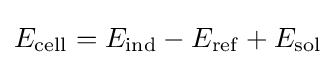
E_{\rm {cell}}=E_{\rm {ind}}-E_{\rm {ref}}+E_{\rm {sol}}